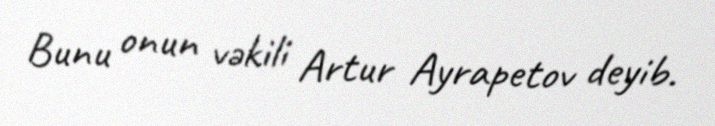
Bunu onun vəkili Artur Ayrapetov deyib.